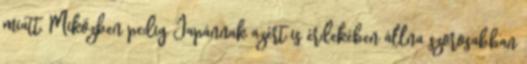
miatt. Miközben pedig Japánnak azért is érdekében állna szorosabban